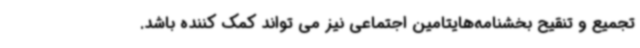
تجمیع و تنقیح بخشنامه‌هایتامین اجتماعی نیز می تواند کمک کننده باشد.